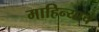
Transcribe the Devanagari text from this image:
माहिन्याचे